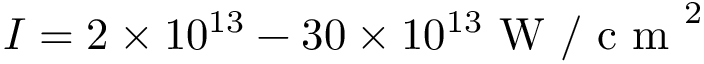
I = 2 \times 1 0 ^ { 1 3 } - 3 0 \times 1 0 ^ { 1 3 } \mathrm { ~ W ~ / ~ c ~ m ~ } ^ { 2 }